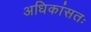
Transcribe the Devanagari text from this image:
अधिकांसतः